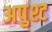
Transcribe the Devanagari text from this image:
अपुश्ट